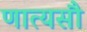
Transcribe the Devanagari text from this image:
णात्यसौ